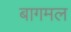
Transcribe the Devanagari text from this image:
बागमल